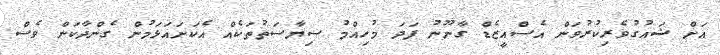
އަށް ޝައުގުވެރިކުރުވަން އެސްއީޒެޑް ގާނޫނު ފަދަ މުހިއްމު ސިޔާސަތުތަކެއް އެކަށައަޅަމުން ގެންދާކަން ވެސް